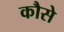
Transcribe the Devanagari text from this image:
कौसे